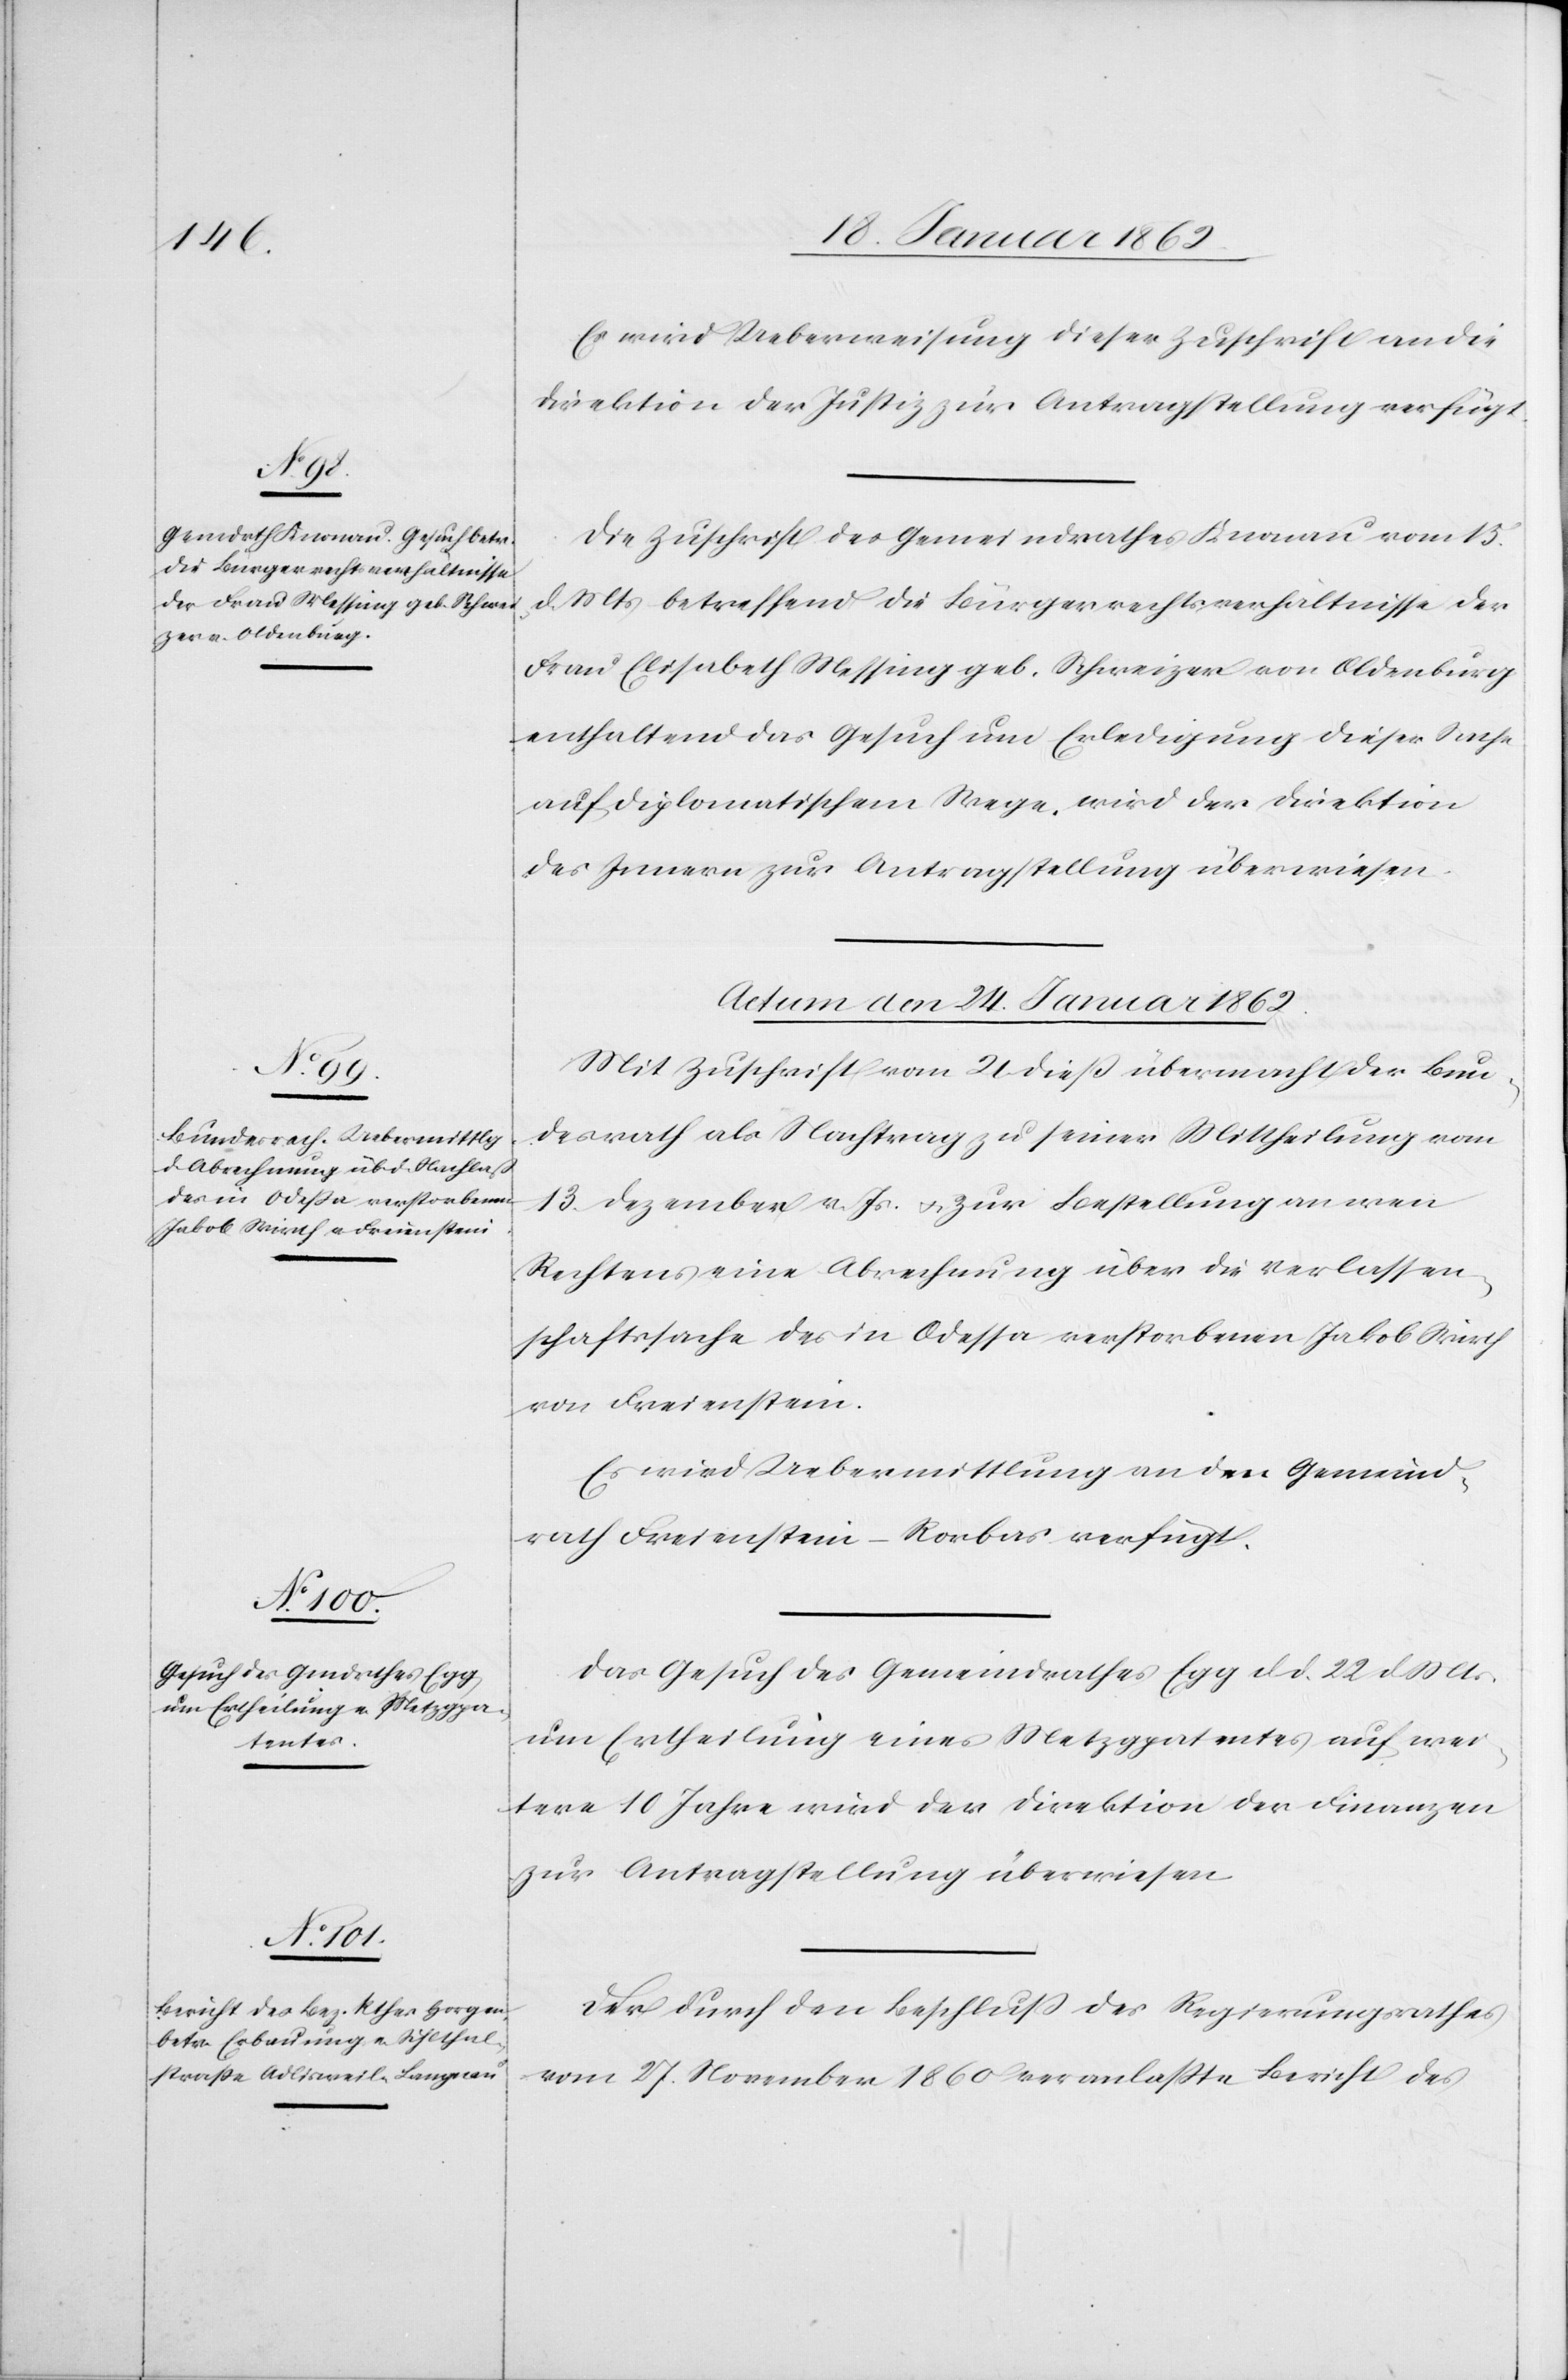
Es wird Ueberweisung dieser Zuschrift an die
Direktion der Justiz zur Antragstellung verfügt.
Die Zuschrift des Gemeindrathes Knonau vom 15.
d. Mts betreffend die Bürgerrechtsverhältnisse der
Frau Elisabeth Messing geb. Schweizer von Oldenburg
enthaltend das Gesuch um Erledigung dieser Sache
auf diplomatischem Wege, wird der Direktion
des Innern zur Antragstellung überwiesen.
Actum den 24. Januar 1862]
Mit Zuschrift vom 21 dieß übermacht der Bun¬
desrath als Nachtrag zu seiner Mittheilung vom
13. Dezember v. Js. u. zur Bestellung an wen
Rechtens eine Abrechnung über die Verlassen¬
schaftssache des in Odessa verstorbenen Jakob Wirth
von Freienstein.
Es wird Uebermittlung an den Gemeind¬
rath Freienstein – Rorbas verfügt.
Das Gesuch des Gemeindrathes Egg d. d. 22 d. Mts.
um Ertheilung eines Metzgpatentes auf wei¬
tere 10 Jahre wird der Direktion der Finanzen
zur Antragstellung überwiesen.
Der durch den Beschluß des Regierungsrathes
vom 27. November 1860 veranlaßte Bericht des